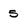
Character: 5